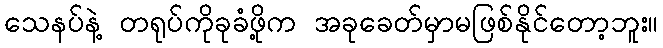
သေနပ်နဲ့ တရုပ်ကိုခုခံဖို့က အခုခေတ်မှာမဖြစ်နိုင်တော့ဘူး။